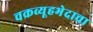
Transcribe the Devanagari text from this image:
चक्रव्यूहभेदाचा